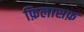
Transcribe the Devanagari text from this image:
फ़िलासफ़